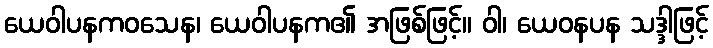
ယေဝါပနကဝသေန၊ ယေဝါပနက၏ အဖြစ်ဖြင့်။ ဝါ၊ ယေဝနပန သဒ္ဒါဖြင့်